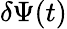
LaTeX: \delta\Psi(t)